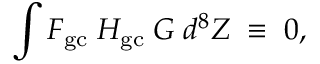
\int { \cal F } _ { \mathrm { g c } } \; { \cal H } _ { \mathrm { g c } } \; { \cal G } \; d ^ { 8 } Z \; \equiv \; 0 ,